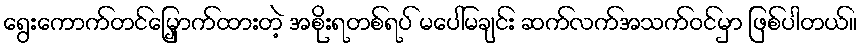
ရွေးကောက်တင်မြှောက်ထားတဲ့ အစိုးရတစ်ရပ် မပေါ်မချင်း ဆက်လက်အသက်ဝင်မှာ ဖြစ်ပါတယ်။